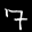
Label: 7